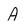
Character: A